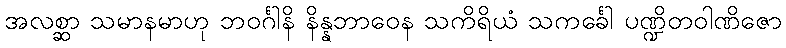
အလစ္ဆာ သမာနမာဟု ဘဝင်္ဂါနိ နိန္နဘာဝေန သကိရိယံ သကင်္ခေါ ပဏ္ဍိတဝါဏိဇော